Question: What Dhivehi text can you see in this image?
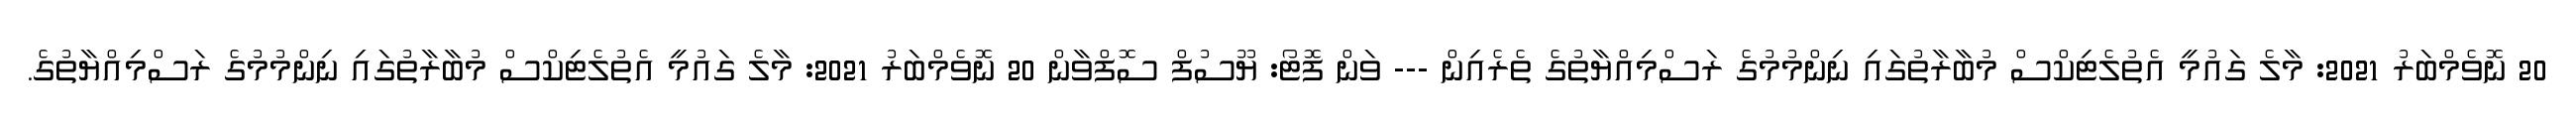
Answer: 20 ނޮވެމްބަރު 2021: މާލެ ގައުމީ އެތުލެޓިކްސް މުބާރާތުގައި ނިންމުމުގެ ރަސްމިއްޔާތުގެ ތެރެއިން --- ވަން ފޮޓޯ: ޔޫސުފް ސޮފްވާން 20 ނޮވެމްބަރު 2021: މާލެ ގައުމީ އެތުލެޓިކްސް މުބާރާތުގައި ނިންމުމުގެ ރަސްމިއްޔާތުގެ.